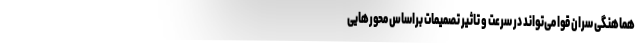
هماهنگی سران قوا می‌تواند در سرعت و تاثیر تصمیمات براساس محورهایی